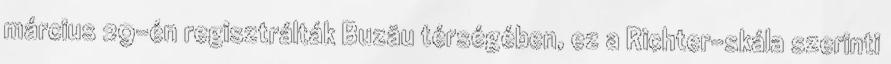
március 29-én regisztrálták Buzău térségében, ez a Richter-skála szerinti